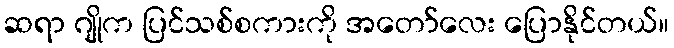
ဆရာ ဂျိုက ပြင်သစ်စကားကို အတော်လေး ပြောနိုင်တယ်။